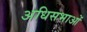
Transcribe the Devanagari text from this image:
अधिसभाओं